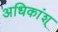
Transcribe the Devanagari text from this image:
अधिकांश्